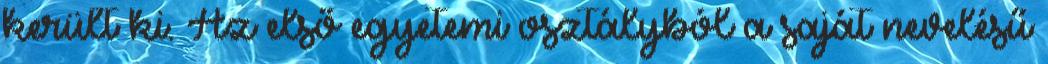
került ki. Az első egyetemi osztályból a saját nevelésű